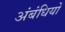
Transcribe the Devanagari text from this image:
अंबंधियों